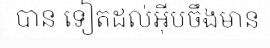
បាន ទៀតដល់អ៊ីបចឹងមាន